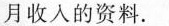
月收入的资料.